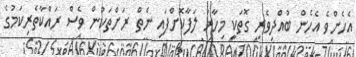
އެހެންވެ އެހެން ބުއްދިވެރި ގޮތަކީ މިހާރު ލަފާކޮށްފައި ނެތް ރަށްތަކުން ވެސް ރައްކާތެރިކަމުގެ